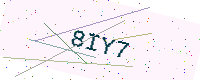
Text: 8IY7